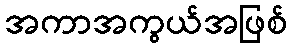
အကာအကွယ်အဖြစ်